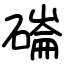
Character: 磮